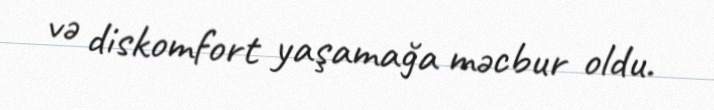
və diskomfort yaşamağa məcbur oldu.